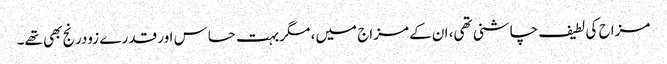
مزاح کی لطیف چاشنی تھی، ان کے مزاج میں، مگر بہت حساس اور قدرے زودرنج بھی تھے۔